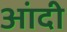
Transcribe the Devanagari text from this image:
आंदी